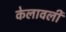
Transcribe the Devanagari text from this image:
केलावली